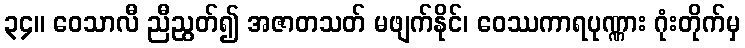
၃၄။ ဝေသာလီ ညီညွတ်၍ အဇာတသတ် မဖျက်နိုင်၊ ဝေဿကာရပုဏ္ဏား ဂုံးတိုက်မှ